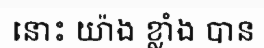
នោះ យ៉ាង ខ្លាំង បាន